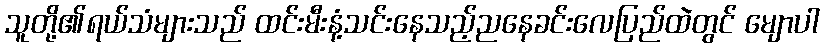
သူတို့၏ရယ်သံများသည် ထင်းမီးနံ့သင်းနေသည့်ညနေခင်းလေပြည်ထဲတွင် မျောပါ